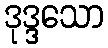
ဒုဒ္ဒသော